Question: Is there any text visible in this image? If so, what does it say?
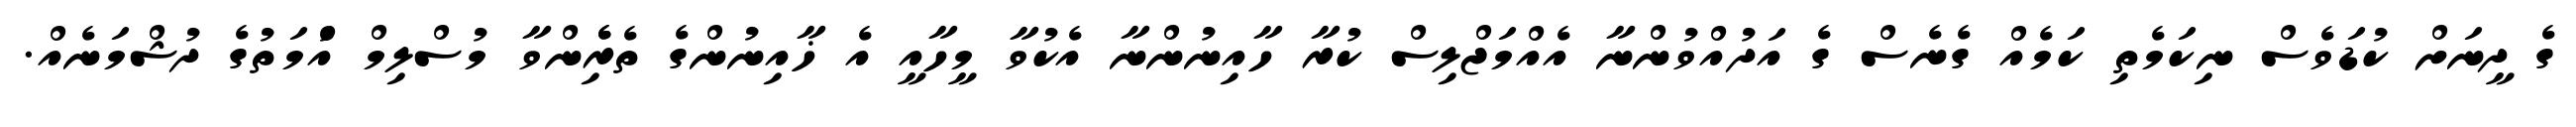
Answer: ގެ ދީނަށް ކުޑަވެސް ނިކަމެތި ކަމެއް ގެނެސް ގެ އަދުއްވުންނާ އެއްމަޖްލިސް ކުރާ ހާއިނުންނާ އެކުވާ މީހާއީ އެ ޚާއިނުންގެ ތެރެެިންވާ މުސްލިމް އުެްމަތުގެ ދުޝްމަނެއް.